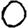
Digit: 0